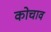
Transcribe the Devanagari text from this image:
कोचाव